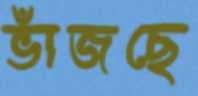
ভাঁজছে